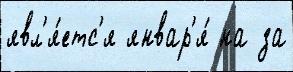
явл'я́етс'я январ'я́ на за